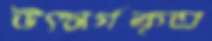
উৎসর্গকৃত